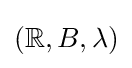
(\mathbb {R} ,B,\lambda )